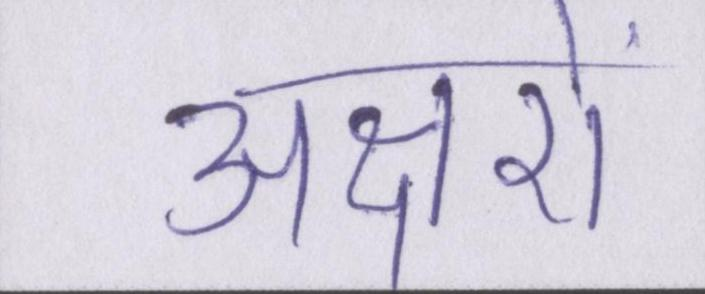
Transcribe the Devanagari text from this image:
अक्षरों